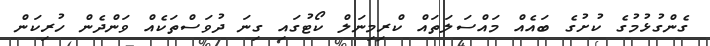
ގެންގުޅުމުގެ ކުށުގެ ބައެއް މައްސަލަތައް ކްރިމިނަލް ކޯޓުގައި ގިނަ ދުވަސްތަކެއް ވަންދެން ހުރިކަން